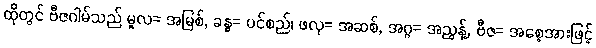
ထိုတွင် ဗီဇဂါမ်သည် မူလ= အမြစ်, ခန္ဓ= ပင်စည်၊ ဖလု= အဆစ်, အဂ္ဂ= အညွန့်, ဗီဇ= အစေ့အားဖြင့်